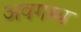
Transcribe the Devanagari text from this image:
अवगम्य